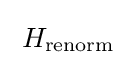
\;H_{\text{renorm}}\;